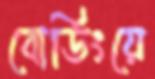
বোর্ডিংয়ে